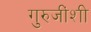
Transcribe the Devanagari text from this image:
गुरुजींशी